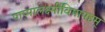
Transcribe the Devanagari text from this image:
पाप्मालक्ष्मीविषापहम्